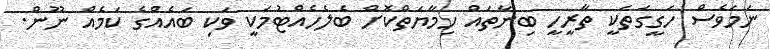
ނަމަވެސް ހަގީގަތަކީ ތާރީހީ ބިނާތައް ހިމާޔަތްކޮށް ބެލެހެއްޓުމަކީ ވަކި ބައެއްގެ ކަމެއް ނޫން.